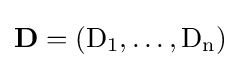
\mathbf {D} =(\mathrm {D_{1}} ,\dots ,\mathrm {D_{n}} )